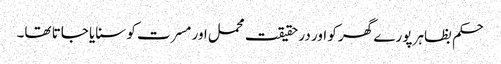
حکم بظاہر پورے گھر کو اور در حقیقت محمل اور مسرت کو سنایا جاتا تھا۔